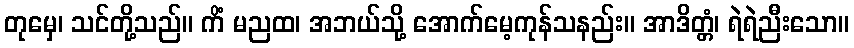
တုမှေ၊ သင်တို့သည်။ ကိံ မညထ၊ အဘယ်သို့ အောက်မေ့ကုန်သနည်း။ အာဒိတ္တံ၊ ရဲရဲညီးသော။